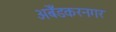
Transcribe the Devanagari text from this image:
अबेँडकरनगर